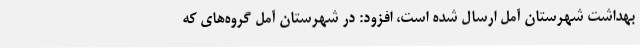
بهداشت شهرستان آمل ارسال شده است، افزود: در شهرستان آمل گروه‌های که